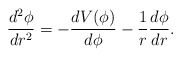
\begin{align*}\frac{d^{2}\phi}{dr^{2}}=-\frac{dV(\phi)}{d\phi}-\frac{1}{r}\frac{d\phi}{dr}.\end{align*}